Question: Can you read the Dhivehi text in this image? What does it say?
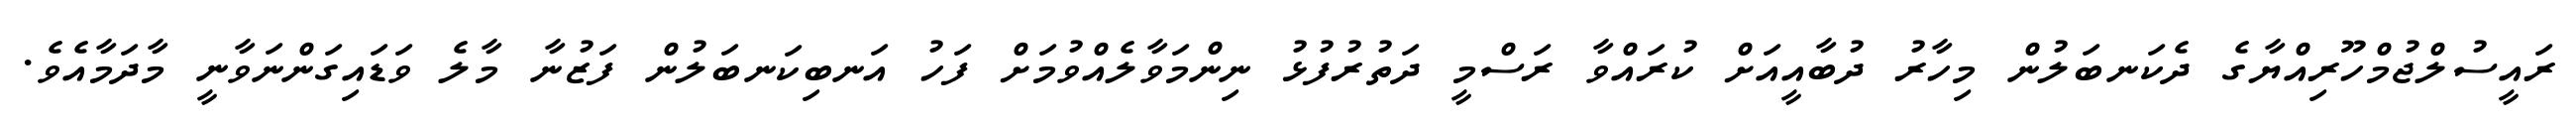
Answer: ރައީސުލްޖުމްހޫރިއްޔާގެ ދެކަނބަލުން މިހާރު ދުބާއީއަށް ކުރައްވާ ރަސްމީ ދަތުރުފުޅު ނިންމަވާލެއްވުމަށް ފަހު އަނބިކަނބަލުން ފަޒުނާ މާލެ ވަޑައިގަންނަވާނީ މާދަމާއެވެ.